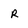
Character: R